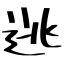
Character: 逃